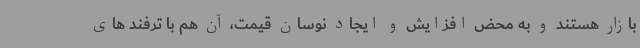
بازار هستند و به محض افزایش و ایجاد نوسان قیمت، آن هم با ترفند های